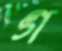
গ